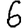
Digit: 6